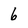
Character: 6